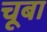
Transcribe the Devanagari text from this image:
चूबा